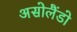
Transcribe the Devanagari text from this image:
असोलैंडो